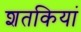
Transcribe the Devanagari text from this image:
शतकियां